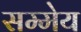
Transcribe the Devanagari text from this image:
सम्मेय